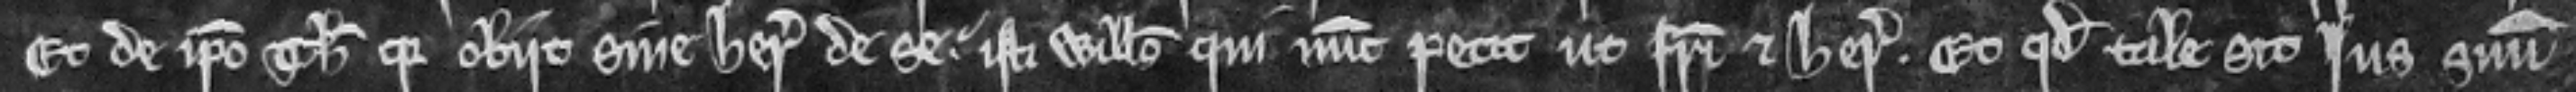
Et de ipso Thoma quia obiit sine herede de se isti Willelmo qui nunc petit ut fratri et heredi. Et quod tale sit jus suum